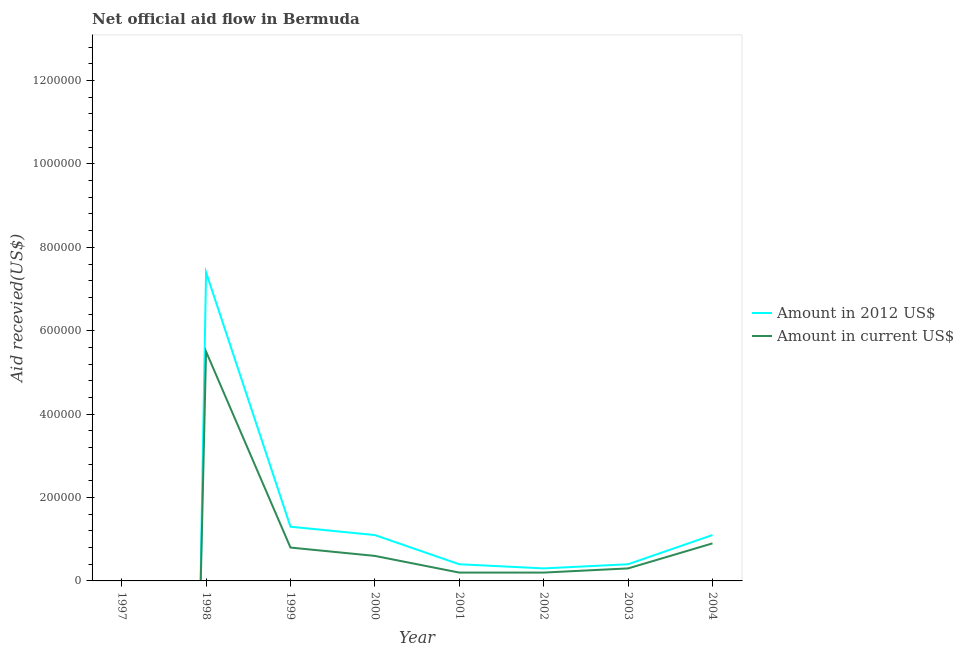
| Year | Amount in 2012 US$ | Amount in current US$ |
 | --- | --- | --- |
 | 1997 | -1.06e+07 | -8.22e+06 |
 | 1998 | 7.4e+05 | 5.5e+05 |
 | 1999 | 1.3e+05 | 8e+04 |
 | 2000 | 1.1e+05 | 6e+04 |
 | 2001 | 4e+04 | 2e+04 |
 | 2002 | 3e+04 | 2e+04 |
 | 2003 | 4e+04 | 3e+04 |
 | 2004 | 1.1e+05 | 9e+04 |